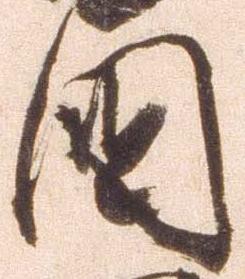
国